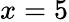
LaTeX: x=5